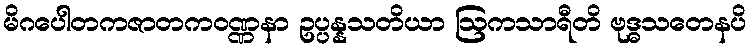
မိဂပေါတကဇာတကဝဏ္ဏနာ ဥပ္ပန္နသတိယာ ဩကသာရီတိ ဗုဒ္ဓသတေနပိ